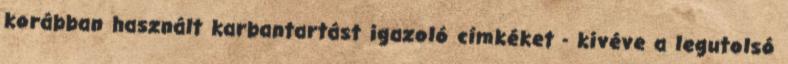
korábban használt karbantartást igazoló címkéket - kivéve a legutolsó